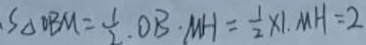
S _ { \Delta } O B M = \frac { 1 } { 2 } \cdot O B \cdot M H = \frac { 1 } { 2 } \times 1 . M H = 2